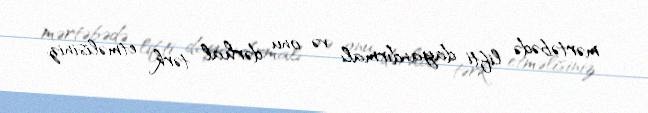
mərtəbədə lifti dayandırmalı və onu dərhal tərk etməlisiniz.